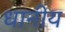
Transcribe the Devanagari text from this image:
धानीय